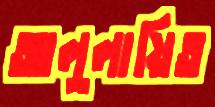
আলুলায়িত